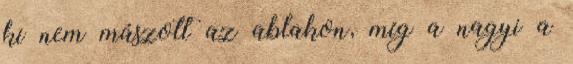
ki nem mászott az ablakon, míg a nagyi a